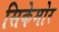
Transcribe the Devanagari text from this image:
सिकेमोर